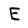
Character: E